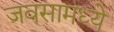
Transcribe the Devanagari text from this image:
जवसामध्ये